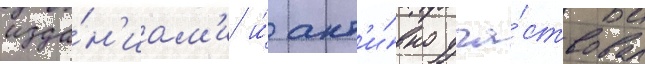
изда́н'иам'и и́ акт'и́вно уча́ствовал